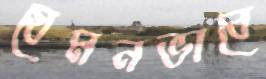
যেমনভাবে